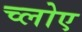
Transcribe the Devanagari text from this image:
च्लोए